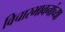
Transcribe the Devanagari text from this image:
विचारभावनांच्या